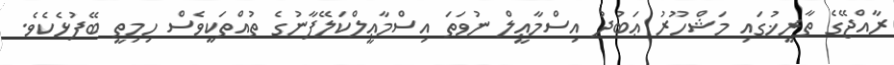
ރާއްޖޭގެ ތާރީޚުގައި މަޝްހޫރު ޢަބުދު އިސްމާޢީލް ނުވަތަ އިސްމާޢީލްކަލޭފާނުގެ ތުއްތަކީވެސް ހިމިތީ ބޭފުޅެކެވެ.